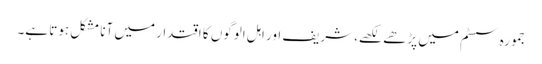
جمورہ سسٹم میں پڑھے لکھے، شریف اور اہل الوگوں کا اقتدار میں آنا مشکل ہوتا ہے۔